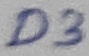
Text: D3